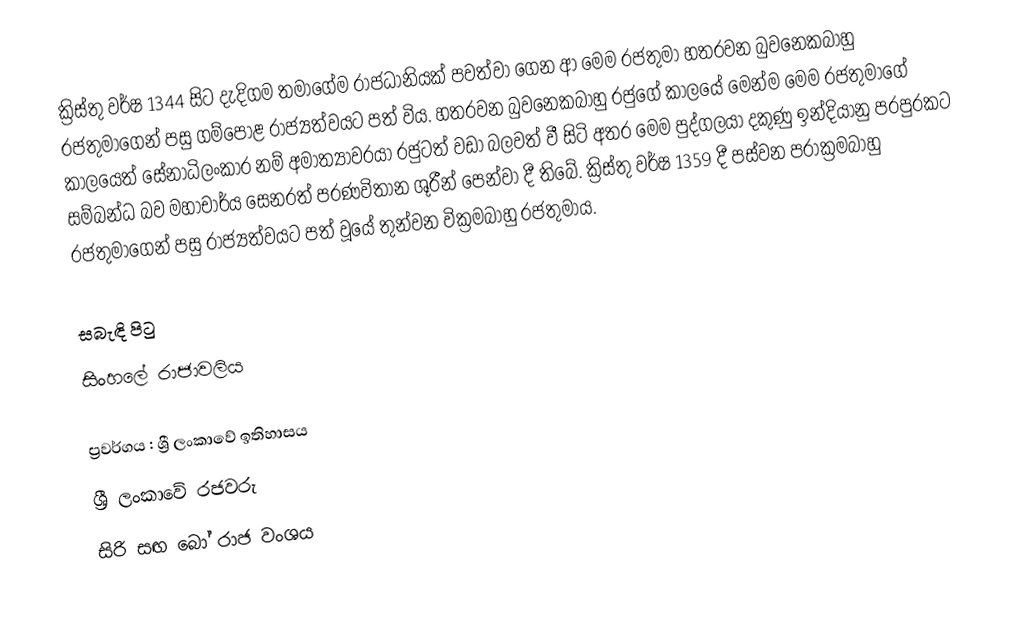
ක්‍රිස්තු වර්ෂ 1344 සිට දැදිගම තමාගේම රාජධානියක් පවත්වා ගෙන ආ මෙම රජතුමා හතරවන බුවනෙකබාහු රජතුමාගෙන් පසු ගම්පොළ රාජ්‍යත්වයට පත් විය. හතරවන බුවනෙකබාහු රජුගේ කාලයේ මෙන්ම මෙම රජතුමාගේ කාලයෙත් සේනාධිලංකාර නම් අමාත්‍යාවරයා රජුටත් වඩා බලවත් වී සිටි අතර මෙම පුද්ගලයා දකුණු ඉන්දියානු පරපුරකට සම්බන්ධ බව මහාචාර්ය සෙනරත් පරණවිතාන ශූරීන් පෙන්වා දී තිබේ. ක්‍රිස්තු වර්ෂ 1359 දී පස්වන පරාක්‍රමබාහු රජතුමාගෙන් පසු රාජ්‍යත්වයට පත් වූයේ තුන්වන වික්‍රමබාහු රජතුමාය.

සබැඳි පිටු
 සිංහලේ රාජාවලිය

ප්‍රවර්ගය : ශ්‍රී ලංකාවේ ඉතිහාසය
ශ්‍රී ලංකාවේ රජවරු
සිරි සඟ බෝ රාජ වංශය